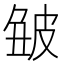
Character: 𤿥